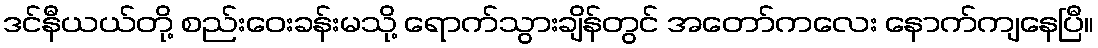
ဒင်နီယယ်တို့ စည်းဝေးခန်းမသို့ ရောက်သွားချိန်တွင် အတော်ကလေး နောက်ကျနေပြီ။